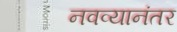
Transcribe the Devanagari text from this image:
नवव्यानंतर